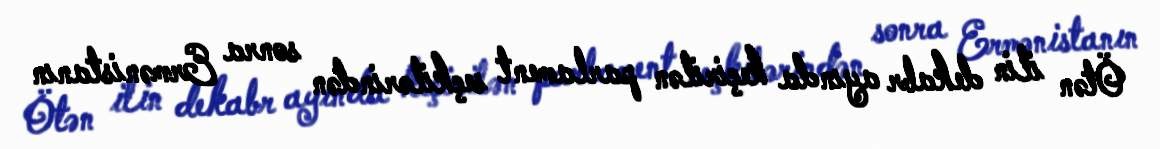
Ötən ilin dekabr ayında keçirilən parlament seçkilərindən sonra Ermənistanın